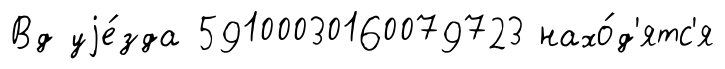
Вд уjе́зда 59100030160079723 нахо́д'ятс'я